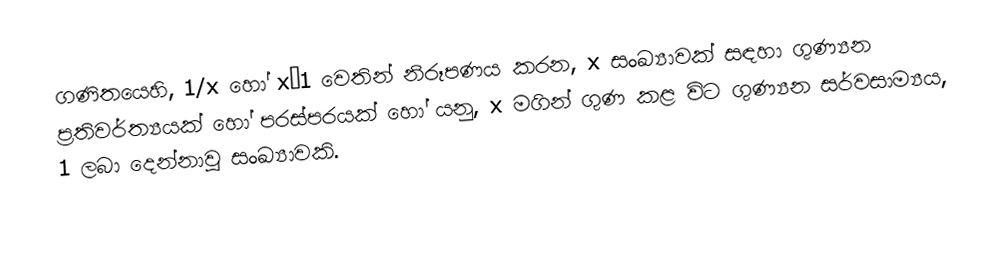
ගණිතයෙහි,  1/x හෝ x−1 වෙතින් නිරූපණය කරන,  x සංඛ්‍යාවක් සඳහා  ගුණ්‍යන ප්‍රතිවර්ත්‍යයක් හෝ පරස්පරයක්  හෝ යනු, x මගින් ගුණ කළ විට ගුණ්‍යන සර්වසාම්‍යය, 1 ලබා දෙන්නාවූ සංඛ්‍යාවකි.